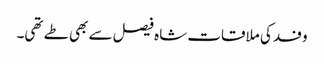
وفد کی ملاقات شاہ فیصل سے بھی طے تھی۔